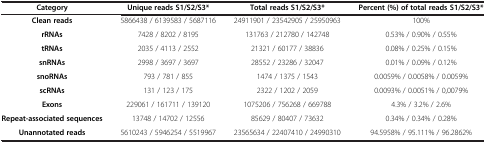
<table><thead><tr><td><b>Category</b></td><td><b>Unique reads S1/S2/S3*</b></td><td><b>Total reads S1/S2/S3*</b></td><td><b>Percent (%) of total reads S1/S2/S3*</b></td></tr></thead><tbody><tr><td><b>Clean reads</b></td><td>5866438 / 6139583 / 5687116</td><td>24911901 / 23542905 / 25950963</td><td>100%</td></tr><tr><td><b>rRNAs</b></td><td>7428 / 8202 / 8195</td><td>131763 / 212780 / 142748</td><td>0.53% / 0.90% / 0.55%</td></tr><tr><td><b>tRNAs</b></td><td>2035 / 4113 / 2552</td><td>21321 / 60177 / 38836</td><td>0.08% / 0.25% / 0.15%</td></tr><tr><td><b>snRNAs</b></td><td>2998 / 3697 / 3697</td><td>28552 / 23286 / 32047</td><td>0.01% / 0.09% / 0.12%</td></tr><tr><td><b>snoRNAs</b></td><td>793 / 781 / 855</td><td>1474 / 1375 / 1543</td><td>0.0059% / 0.0058% / 0.0059%</td></tr><tr><td><b>scRNAs</b></td><td>131 / 123 / 175</td><td>2322 / 1202 / 2059</td><td>0.0093% / 0.0051% / 0,0079%</td></tr><tr><td><b>Exons</b></td><td>229061 / 161711 / 139120</td><td>1075206 / 756268 / 669788</td><td>4.3% / 3.2% / 2.6%</td></tr><tr><td><b>Repeat-associated sequences</b></td><td>13748 / 14702 / 12556</td><td>85629 / 80407 / 73632</td><td>0.34% / 0.34% / 0.28%</td></tr><tr><td><b>Unannotated reads</b></td><td>5610243 / 5946254 / 5519967</td><td>23565634 / 22407410 / 24990310</td><td>94.5958% / 95.111% / 96.2862%</td></tr></tbody></table>